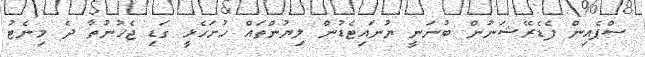
ސްޕެއިން ފެޑެރޭޝަނުން ބުނަނީ ޔުނައިޓެޑުން ލިޔުންތައް ހުށަހެޅީ ގަޑި ޖެހުނުތާ ދެ މިނެޓު